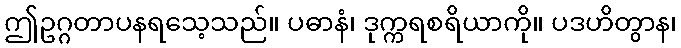
ဤဥဂ္ဂတာပနရသေ့သည်။ ပဓာနံ၊ ဒုက္ကရစရိယာကို။ ပဒဟိတွာန၊